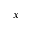
x